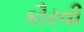
કૌરવી